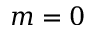
m = 0